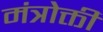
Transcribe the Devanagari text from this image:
मंत्रोक्ती